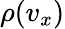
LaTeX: \rho(v_{x})